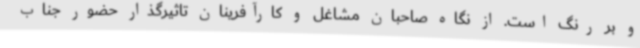
و بر رنگ است. از نگاه صاحبان مشاغل و کارآفرینان تاثیرگذار حضور جناب